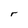
Character: r